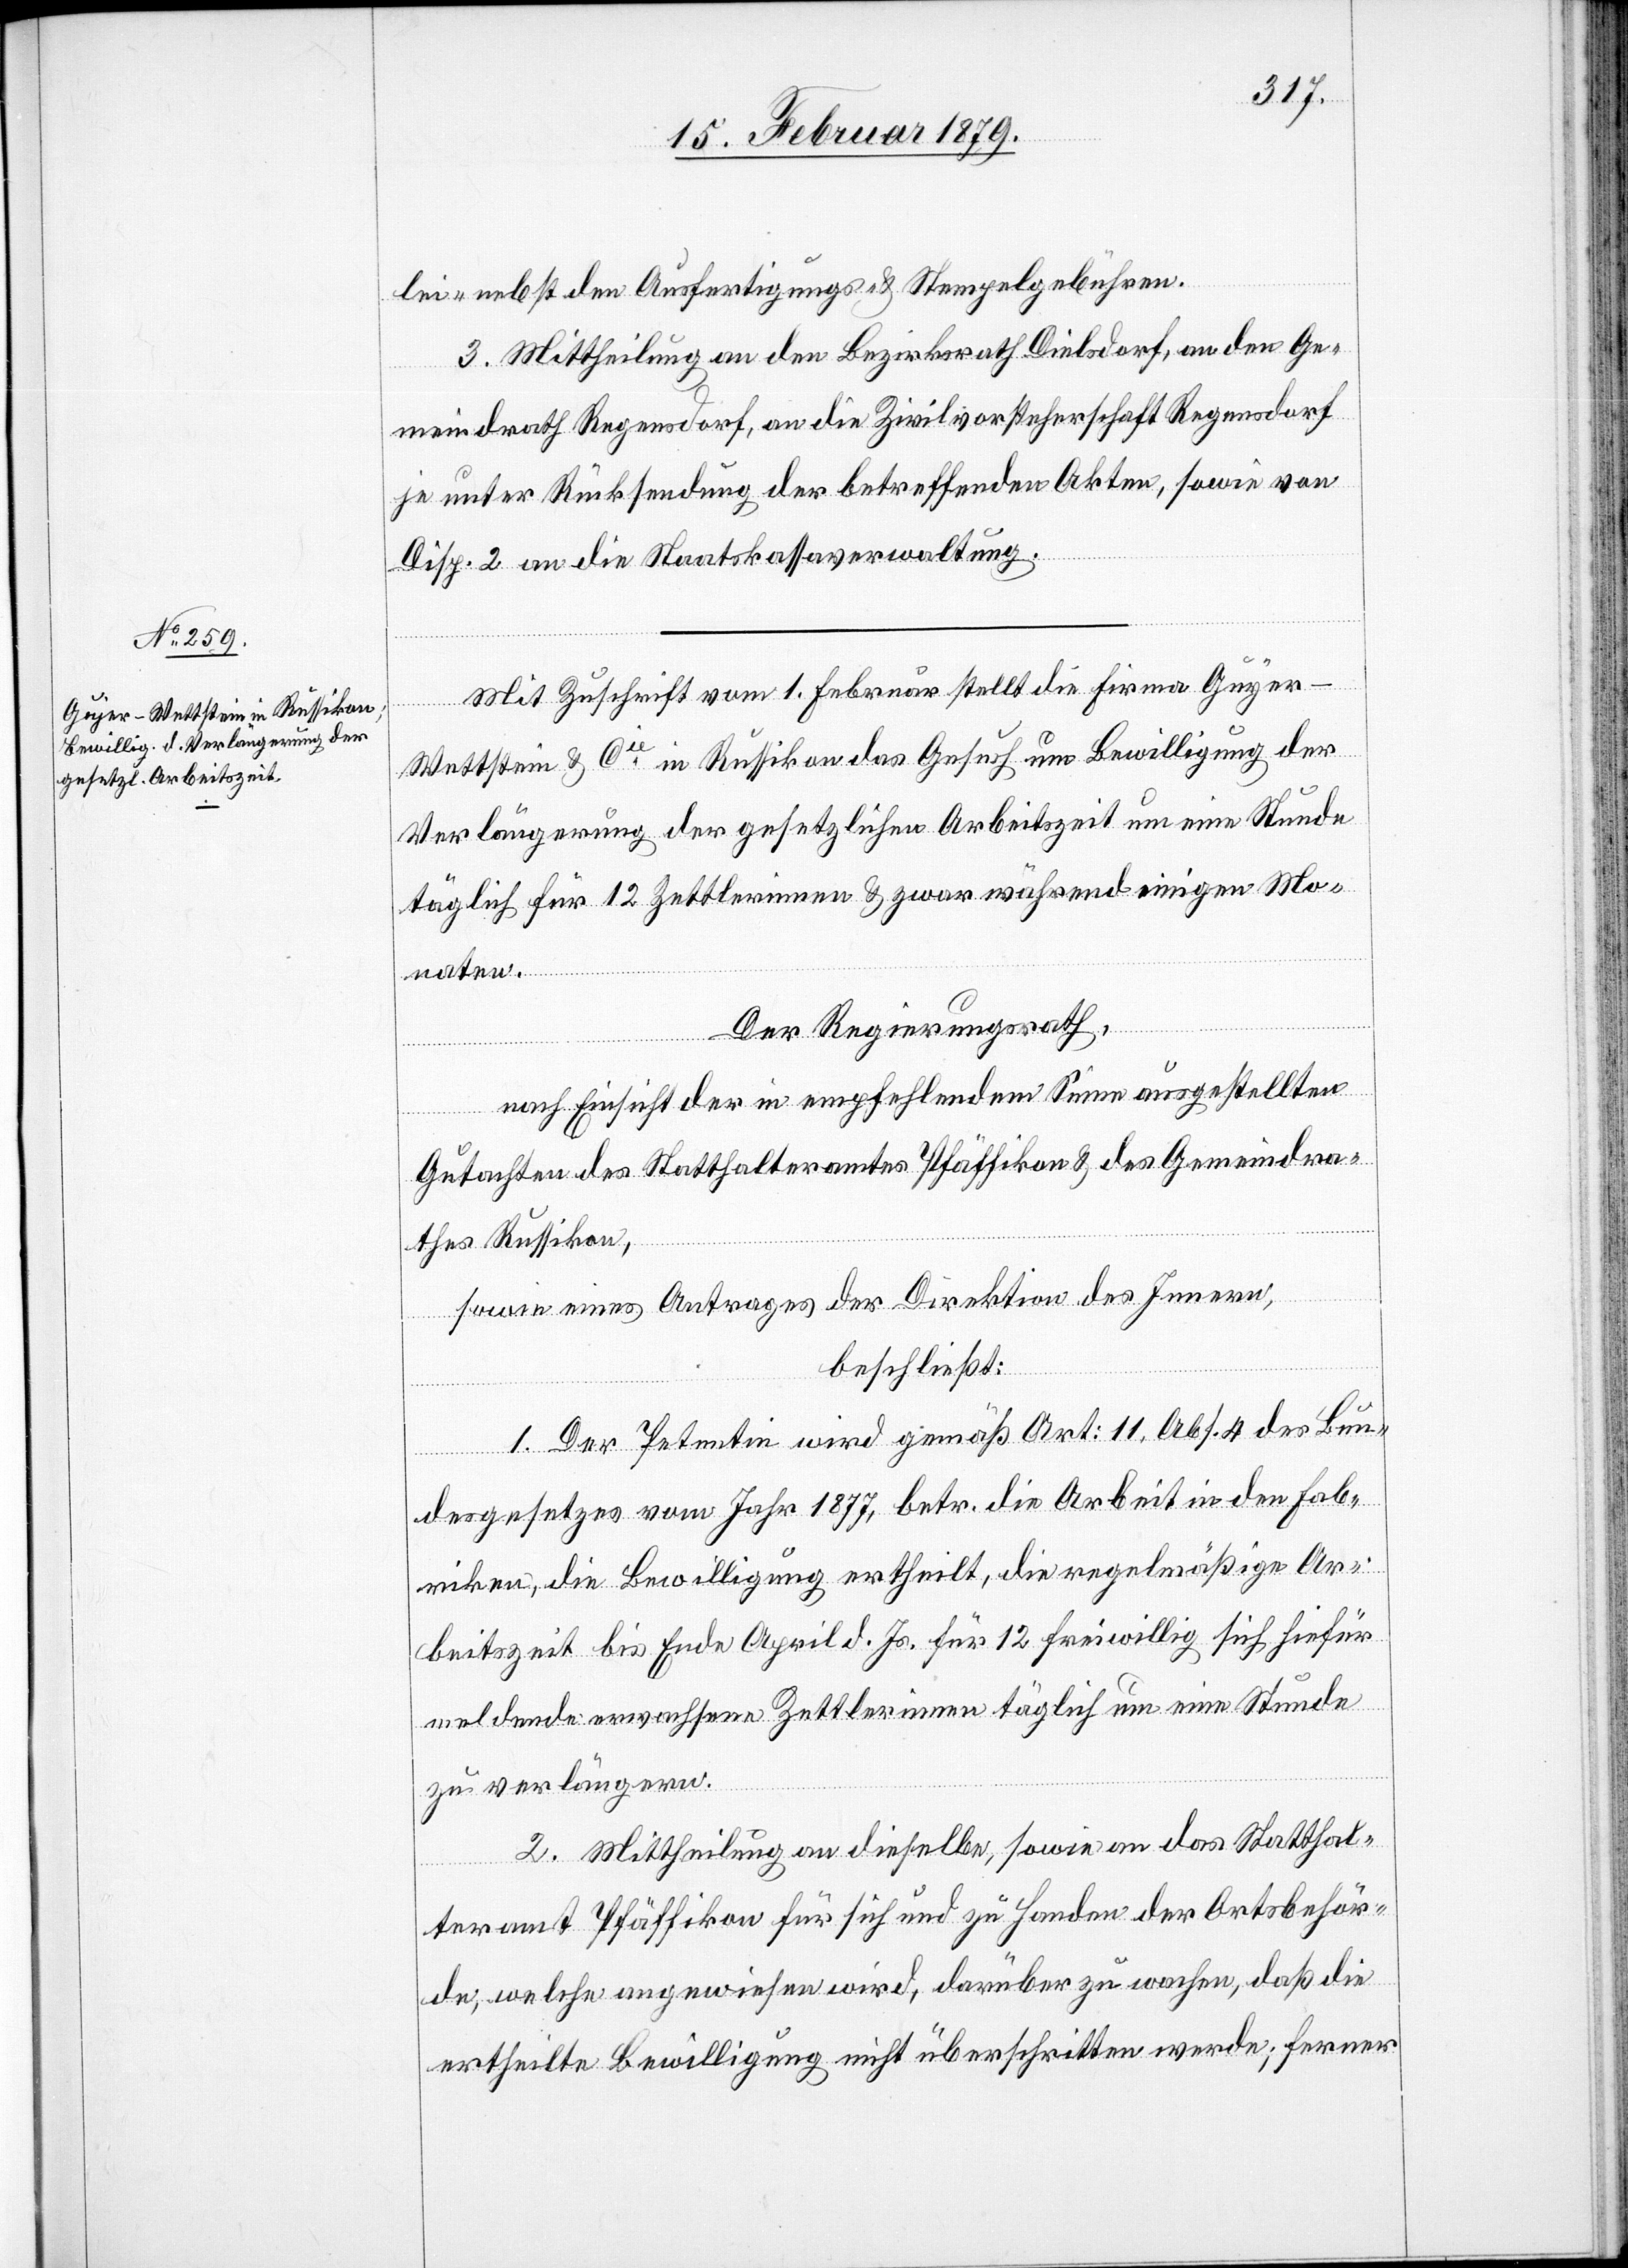
Mit Zuschrift vom 1. Februar stellt die Firma Guyer-W¬
ettstein [sic!] & Cie in Russikon das Gesuch um Bewilligung der
Verlängerung der gesetzlichen Arbeitszeit um eine Stunde
täglich für 12 Zettlerinnen & zwar während einigen Mo¬
naten.
Der Regierungsrath,
nach Einsicht der in empfehlendem Sinne ausgestellten
Gutachten des Statthalteramtes Pfäffikon & des Gemeindra¬
thes Russikon,
sowie eines Antrages der Direktion des Innern,
beschließt:
1. Der Petentin wird gemäß Art: 11, Abs. 4 des Bun¬
desgesetzes vom Jahr 1877, betr. die Arbeit in den Fab¬
riken, die Bewilligung ertheilt, die regelmäßige Ar¬
beitszeit bis Ende April d. Js. für 12 freiwillig sich hiefür
meldende erwachsene Zettlerinnen täglich um eine Stunde
zu verlängern.
2. Mittheilung an dieselbe, sowie an das Statthal¬
teramt Pfäffikon für sich und zu Handen der Ortsbehör¬
de, welche angewiesen wird, darüber zu wachen, daß die
ertheilte Bewilligung nicht überschritten werde; ferner